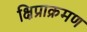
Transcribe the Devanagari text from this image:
क्षिप्राक्रमण